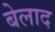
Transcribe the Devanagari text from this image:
बेलाद